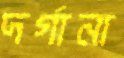
দর্গানা